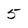
Character: 5